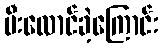
မီးလောင်ခဲ့ကြောင်း